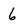
Character: 6